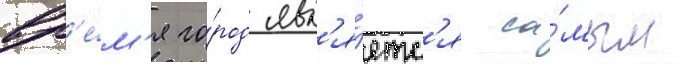
вр'е́м'я го́род явл'я́етс'я са́мым